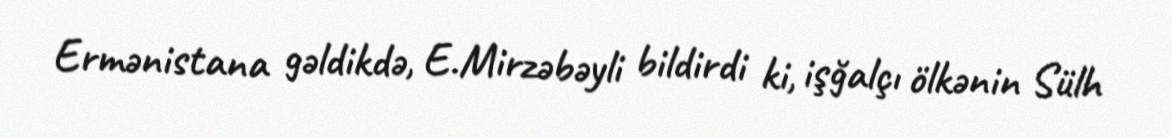
Ermənistana gəldikdə, E.Mirzəbəyli bildirdi ki, işğalçı ölkənin Sülh